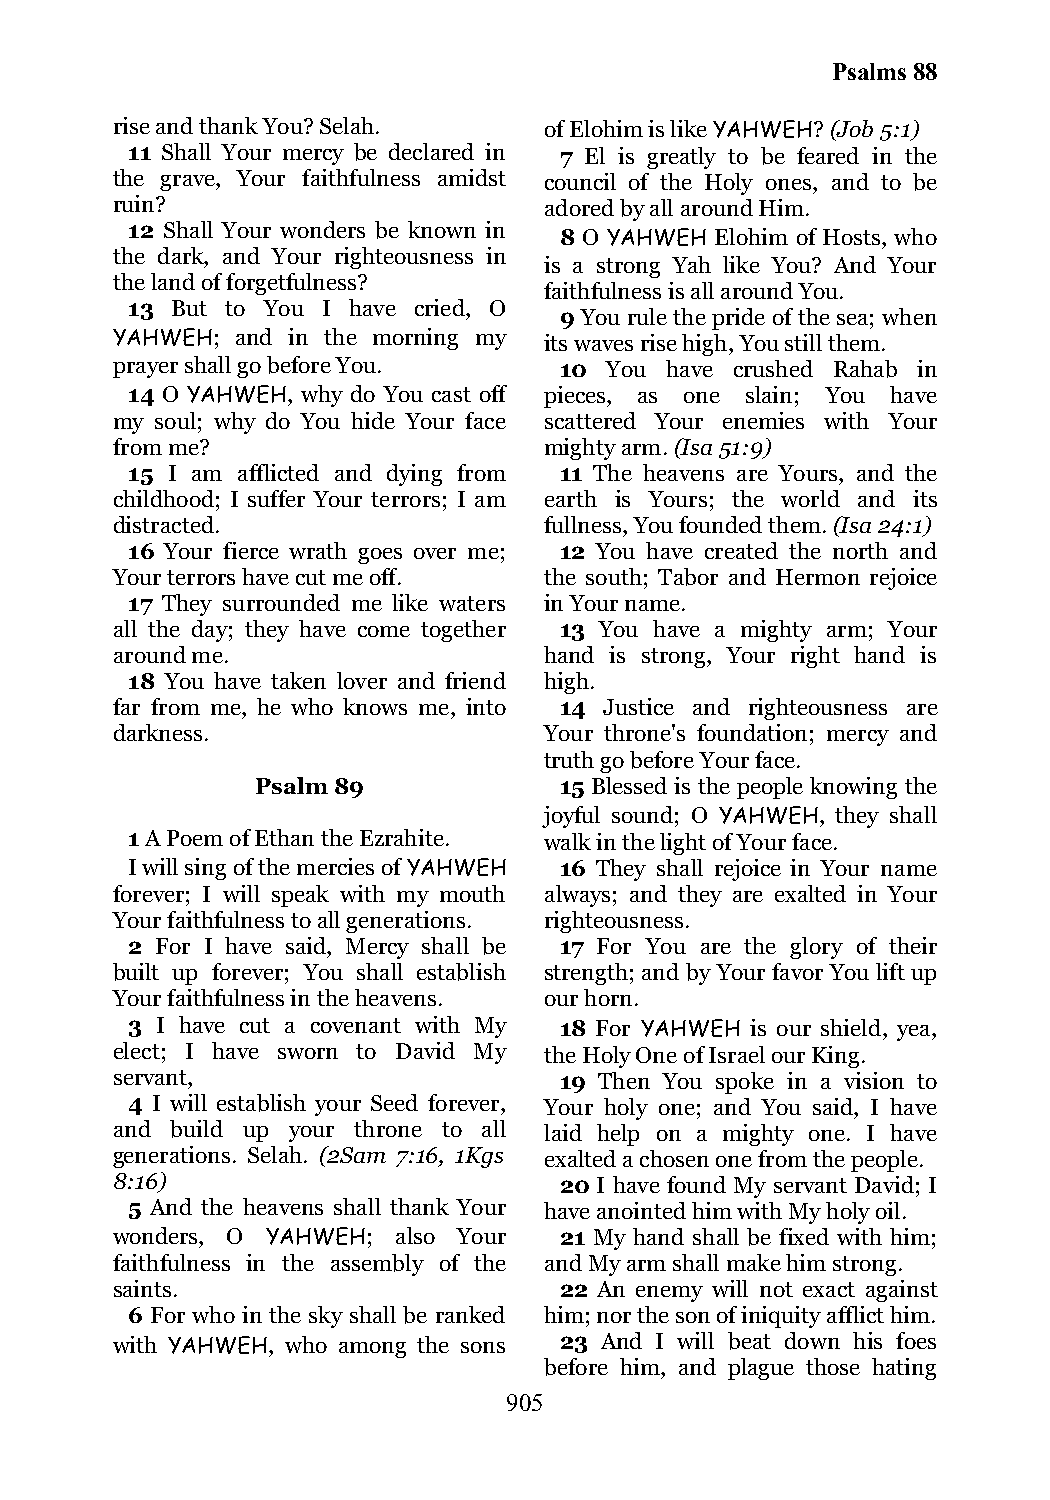
Psalms 88
 rise and thank You? Selah.   of Elohim is like YAHWEH? (Job 5:1)
 11 Shall Your mercy be declared in 7 El is greatly to be feared in the
 the grave, Your faithfulness amidst council of the Holy ones, and to be
 ruin?                        adored by all around Him.
 12 Shall Your wonders be known in
 8 O YAHWEH Elohim of Hosts, who
 the dark, and Your righteousness in
 is a strong Yah like You? And Your
 the land of forgetfulness?
 faithfulness is all around You.
 13 But to You I have cried, O
 9 You rule the pride of the sea; when
 YAHWEH;  and in the morning my its waves rise high, You still them.
 prayer shall go before You.   10 You have crushed Rahab in
 14 O YAHWEH, why do You cast off pieces, as one slain; You have
 my soul; why do You hide Your face scattered Your enemies with Your
 from me?                     mighty arm. (Isa 51:9)
 15 I am afflicted and dying from 11 The heavens are Yours, and the
 childhood; I suffer Your terrors; I am earth is Yours; the world and its
 distracted.                  fullness, You founded them. (Isa 24:1)
 16 Your fierce wrath goes over me; 12 You have created the north and
 Your terrors have cut me off. the south; Tabor and Hermon rejoice
 17 They surrounded me like waters in Your name.
 all the day; they have come together 13 You have a mighty arm; Your
 around me.                   hand is strong, Your right hand is
 18 You have taken lover and friend high.
 far from me, he who knows me, into 14 Justice and righteousness are
 darkness.                    Your throne's foundation; mercy and
 truth go before Your face.
 Psalm 89            15 Blessed is the people knowing the
 joyful sound; O YAHWEH, they shall
 1 A Poem of Ethan the Ezrahite. walk in the light of Your face.
 I will sing of the mercies of YAHWEH 16 They shall rejoice in Your name
 forever; I will speak with my mouth always; and they are exalted in Your
 Your faithfulness to all generations. righteousness.
 2 For I have said, Mercy shall be 17 For You are the glory of their
 built up forever; You shall establish strength; and by Your favor You lift up
 Your faithfulness in the heavens. our horn.
 3 I have cut a covenant with My 18 For YAHWEH is our shield, yea,
 elect; I have sworn to David My the Holy One of Israel our King.
 servant,                      19 Then You spoke in a vision to
 4 I will establish your Seed forever, Your holy one; and You said, I have
 and build up your throne to all laid help on a mighty one. I have
 generations. Selah. (2Sam 7:16, 1Kgs exalted a chosen one from the people.
 8:16)                         20 I have found My servant David; I
 5 And the heavens shall thank Your have anointed him with My holy oil.
 wonders, O YAHWEH; also Your  21 My hand shall be fixed with him;
 faithfulness in the assembly of the and My arm shall make him strong.
 saints.                       22 An enemy will not exact against
 6 For who in the sky shall be ranked him; nor the son of iniquity afflict him.
 with YAHWEH, who among the sons 23 And I will beat down his foes
 before him, and plague those hating
 905